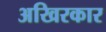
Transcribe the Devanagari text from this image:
अखिरकार